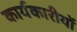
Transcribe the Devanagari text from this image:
कार्यकारीयों